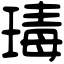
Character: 瑇